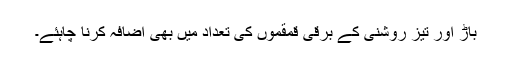
باڑ اور تیز روشنی کے برقی قمقموں کی تعداد میں بھی اضافہ کرنا چاہئے۔